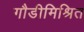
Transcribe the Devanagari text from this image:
गौडीमिश्रित